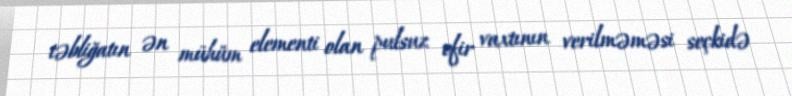
təbliğatın ən mühüm elementi olan pulsuz efir vaxtının verilməməsi seçkidə